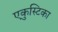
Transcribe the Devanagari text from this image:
एकुस्टिका